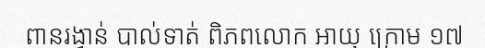
ពានរង្វាន់ បាល់ទាត់ ពិភពលោក អាយុ ក្រោម ១៧